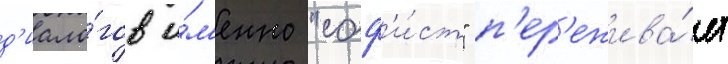
д'иало́гов и́м'енно "соф'и́ст" п'ер'ежива́ет